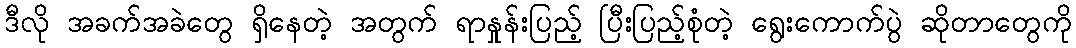
ဒီလို အခက်အခဲတွေ ရှိနေတဲ့ အတွက် ရာနှုန်းပြည့် ပြီးပြည့်စုံတဲ့ ရွေးကောက်ပွဲ ဆိုတာတွေကို